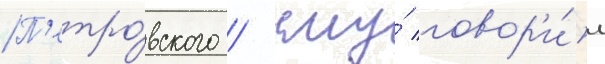
П'етро́вского / ему́ говор'и́л